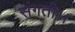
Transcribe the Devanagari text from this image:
संगती।।